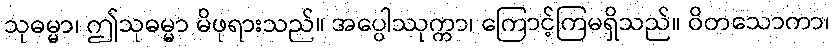
သုဓမ္မာ၊ ဤသုဓမ္မာ မိဖုရားသည်။ အပ္ပေါဿုက္ကာ၊ ကြောင့်ကြမရှိသည်။ ဝိတသောကာ၊